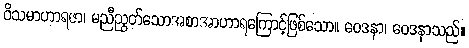
ဝိသမာဟာရဇာ၊ မညီညွတ်သောအစာအာဟာရကြောင့်ဖြစ်သော။ ဝေဒနာ၊ ဝေဒနာသည်။